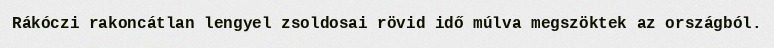
Rákóczi rakoncátlan lengyel zsoldosai rövid idő múlva megszöktek az országból.